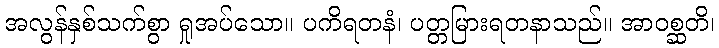
အလွန်နှစ်သက်စွာ ရှုအပ်သော။ ပကိရတနံ၊ ပတ္တမြားရတနာသည်။ အာဝစ္ဆတိ၊